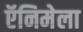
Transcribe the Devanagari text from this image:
ऍनिमेला